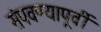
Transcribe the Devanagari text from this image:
संपवण्यापूर्वी